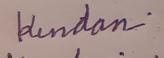
Signature authenticity: genuine